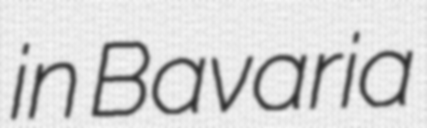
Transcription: in Bavaria